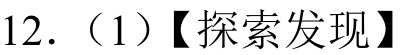
12.（1）【探索发现】